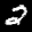
Label: 2